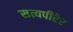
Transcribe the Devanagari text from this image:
सत्यपीरेर